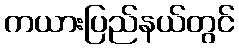
ကယားပြည်နယ်တွင်